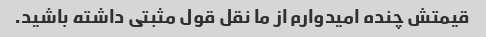
قیمتش چنده امیدوارم از ما نقل قول مثبتی داشته باشید.